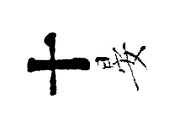
十晏